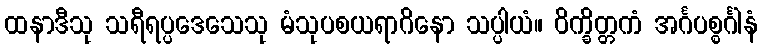
ထနာဒီသု သရီရပ္ပဒေသေသု မံသုပစယရာဂိနော သပ္ပါယံ။ ဝိက္ခိတ္တကံ အင်္ဂပစ္စင်္ဂါနံ